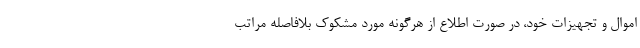
اموال و تجهیزات خود، در صورت اطلاع از هرگونه مورد مشکوک بلافاصله مراتب